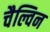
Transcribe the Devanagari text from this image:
चैल्विन